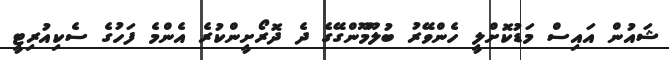
ޝައުން އައިސް މަޑުކޮށްލީ ހެންވޭރު ބުލޫމޫންގޭގެ ދެ ދޮރޯށީންކުރެ އެންމެ ފަހުގެ ސެކިއުރިޓީ